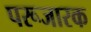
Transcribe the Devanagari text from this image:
परूजारक